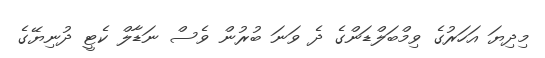
މިދިޔަ އަހަރުގެ ވިމްބަލްޑަންގެ ދެ ވަނަ ބުރުން ވެސް ނަޑާލް ކެޓީ ދުނިޔޭގެ